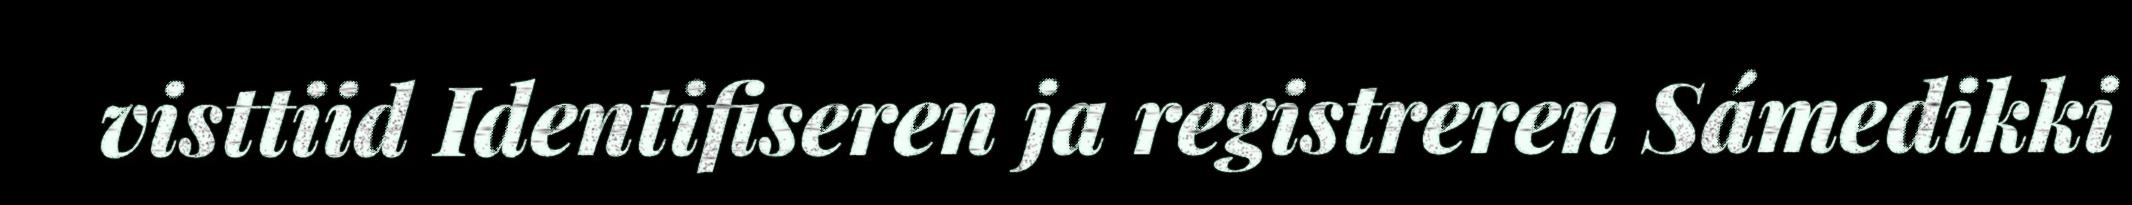
visttiid Identifiseren ja registreren Sámedikki